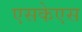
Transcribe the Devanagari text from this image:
एसकेएस